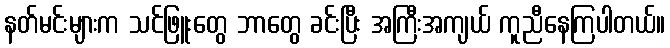
နတ်မင်းများက သင်ဖြူးတွေ ဘာတွေ ခင်းပြီး အကြီးအကျယ် ကူညီနေကြပါတယ်။